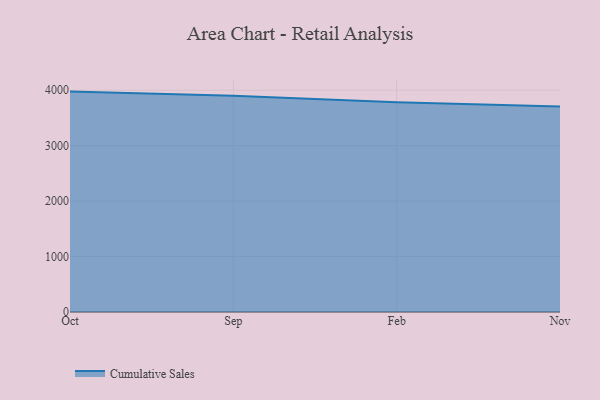
{"axis": {"x": "Month", "y": "Conversion Rate (%)"}, "legend": ["Cumulative Sales"], "data": [{"x": "Oct", "y": 3974.5, "type": "Cumulative Sales"}, {"x": "Sep", "y": 3900.1, "type": "Cumulative Sales"}, {"x": "Feb", "y": 3780.7, "type": "Cumulative Sales"}, {"x": "Nov", "y": 3705.3, "type": "Cumulative Sales"}]}